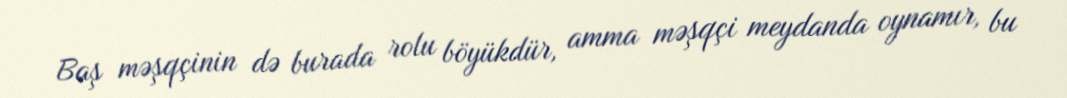
Baş məşqçinin də burada rolu böyükdür, amma məşqçi meydanda oynamır, bu